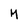
Character: M